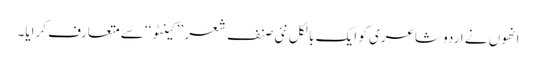
انھوں نے اردو شاعری کو ایک بالکل نئی صنف شعر ’’ کینٹو‘‘ سے متعارف کرایا۔